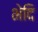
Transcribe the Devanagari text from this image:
भेदि